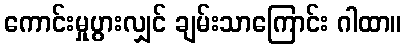
ကောင်းမှုပွားလျှင် ချမ်းသာကြောင်း ဂါထာ။